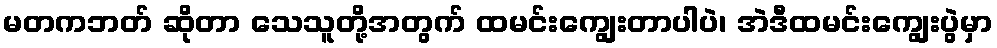
မတကဘတ် ဆိုတာ သေသူတို့အတွက် ထမင်းကျွေးတာပါပဲ၊ အဲဒီထမင်းကျွေးပွဲမှာ